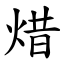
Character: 焟